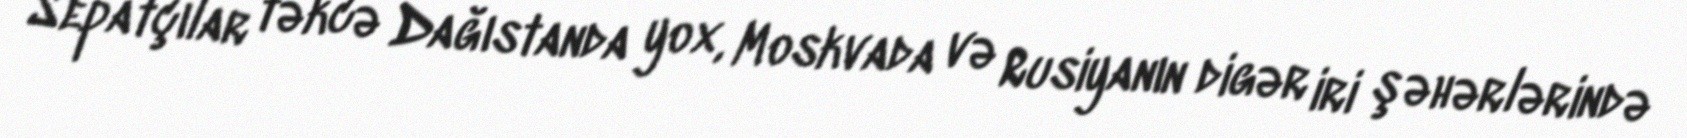
Sepatçılar təkcə Dağıstanda yox, Moskvada və Rusiyanın digər iri şəhərlərində